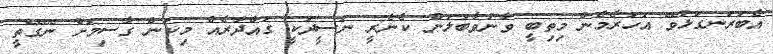
އެބަރަނގަޅުވޭ އަހަރެމެން މިތިބީ ވާނުވާބަލަން ކެނެރީ ނަސީދަކީ ގައްދާރެއް މިކަން ގާސިމަށް ނޭގޭތީ